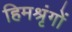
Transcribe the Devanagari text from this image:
हिमश्रृंगों